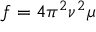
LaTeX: f = 4 \pi ^ { 2 } \nu ^ { 2 } \mu